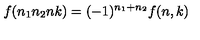
f ( n _ { 1 } n _ { 2 } n k ) = ( - 1 ) ^ { n _ { 1 } + n _ { 2 } } f ( n , k )